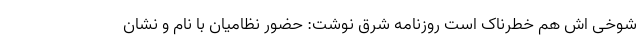
شوخی اش هم خطرناک است روزنامه شرق نوشت: حضور نظامیان با نام و نشان